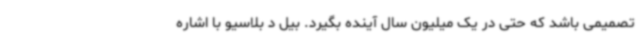
تصمیمی باشد که حتی در یک میلیون سال آینده بگیرد. بیل د بلاسیو با اشاره